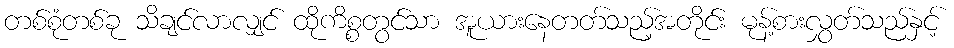
တစ်စုံတစ်ခု သိချင်လာလျှင် ထိုကိစ္စတွင်သာ အူယားနေတတ်သည့်အတိုင်း မုန့်စားလွှတ်သည်နှင့်